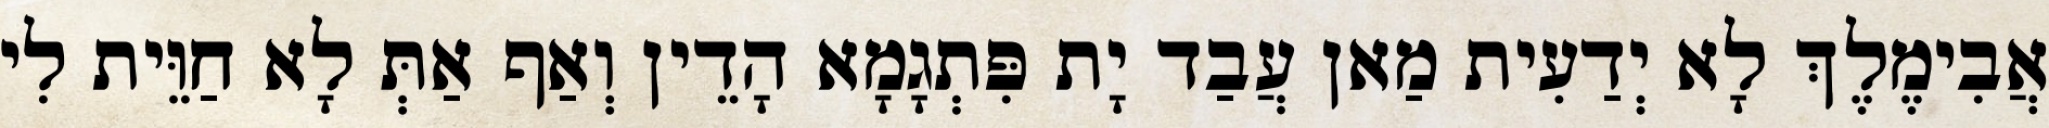
אֲבִימֶלֶךְ לָא יְדַעִית מַאן עֲבַד יָת פִּתְגָמָא הָדֵין וְאַף אַתְּ לָא חַוֵּית לִי